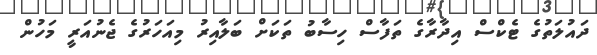
ދައުލަތުގެ ޓެކްސް އިދާރާގެ ތަފާސް ހިސާބު ތަކަށް ބަލާއިރު މިއަހަރުގެ ޖެނުއަރީ މަހުން